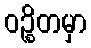
ဝဉ္စိတမှာ